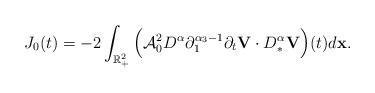
LaTeX: \begin{align*}J_0(t)=-2\int_{\mathbb R^2_+}\Big(\mathcal{A}^2_0D^{\alpha}\partial^{\alpha_3-1}_1\partial_t{\mathbf V}\cdot D^{\alpha}_{\ast}{\mathbf V}\Big)(t)d\mathbf{x}.\end{align*}